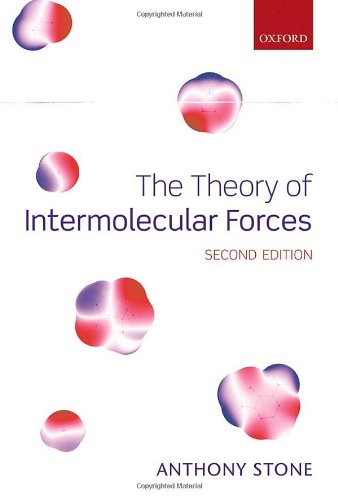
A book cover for The Theory of Intermolecular Forces, 2nd Edition; Anthony Stone; Science & Math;